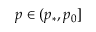
p \in ( p _ { * } , p _ { 0 } ]